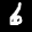
Label: 6